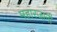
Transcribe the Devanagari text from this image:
महारजानी